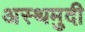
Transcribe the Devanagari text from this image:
अस्थमुदी